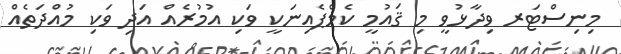
މިނިސްޓަރ ވިދާޅުވީ މި ޤައުމީ ކެމްޕެއިނަކީ ވަކި އުމުރެއް އަދި ވަކި މުއްދަތެއް